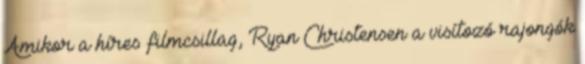
Amikor a híres filmcsillag, Ryan Christensen a visítozó rajongók